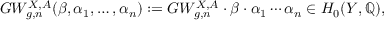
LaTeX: G W _ { g , n } ^ { X , A } ( \beta , \alpha _ { 1 } , \ldots , \alpha _ { n } ) : = G W _ { g , n } ^ { X , A } \cdot \beta \cdot \alpha _ { 1 } \cdots \alpha _ { n } \in H _ { 0 } ( Y , \mathbb { Q } ) ,